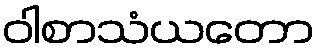
ဝါစာသံယတော